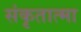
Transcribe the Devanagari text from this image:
संकृतात्मा